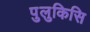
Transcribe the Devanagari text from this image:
पुलुकिसि